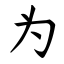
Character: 为